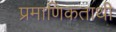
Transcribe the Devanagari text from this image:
प्रमाणिकताथी